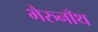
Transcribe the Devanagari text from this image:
भैरुनाँथ